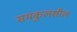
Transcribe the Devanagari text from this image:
समकुलशील